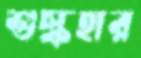
শুল্কহার